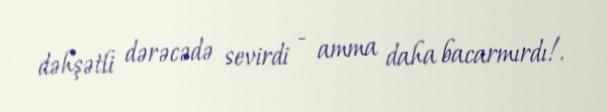
dəhşətli dərəcədə sevirdi - amma daha bacarmırdı!.